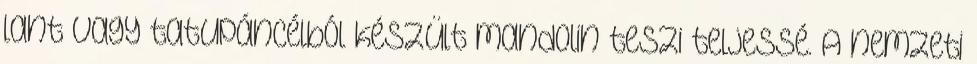
lant vagy tatupáncélból készült mandolin teszi teljessé. A nemzeti